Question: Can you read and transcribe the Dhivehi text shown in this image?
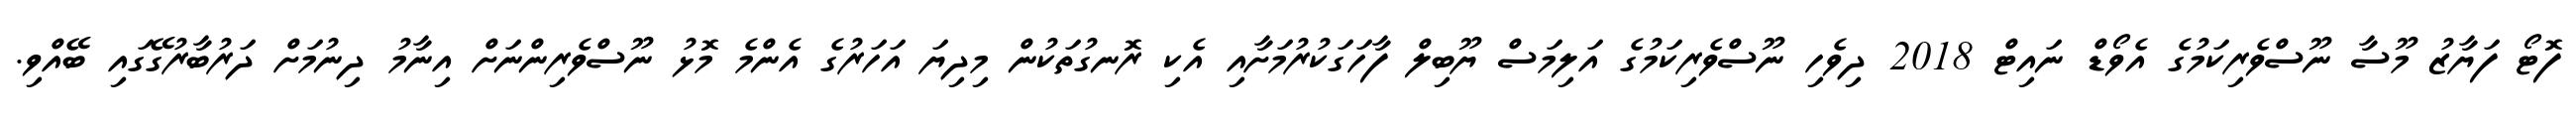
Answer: ފޮޓޯ ފަޔާޒު މޫސާ ނޫސްވެރިކަމުގެ އެވޯޑް ނައިޓް 2018 ދިވެހި ނޫސްވެރިކަމުގެ އަލިމަސް ޔޫބިލް ފާހަގަކުރުމަށާއި އެކި ރޮނގުތަކުން މިދިޔަ އަހަރުގެ އެންމެ މޮޅު ނޫސްވެރިންނަށް އިނާމު ދިނުމަށް ދަރުބާރުގޭގައި ބޭއްވި.